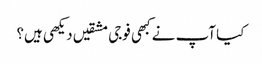
کیا آپ نے کبھی فوجی مشقیں دیکھی ہیں؟